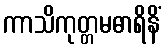
ကာသိကုတ္တမဓာရိနိံ